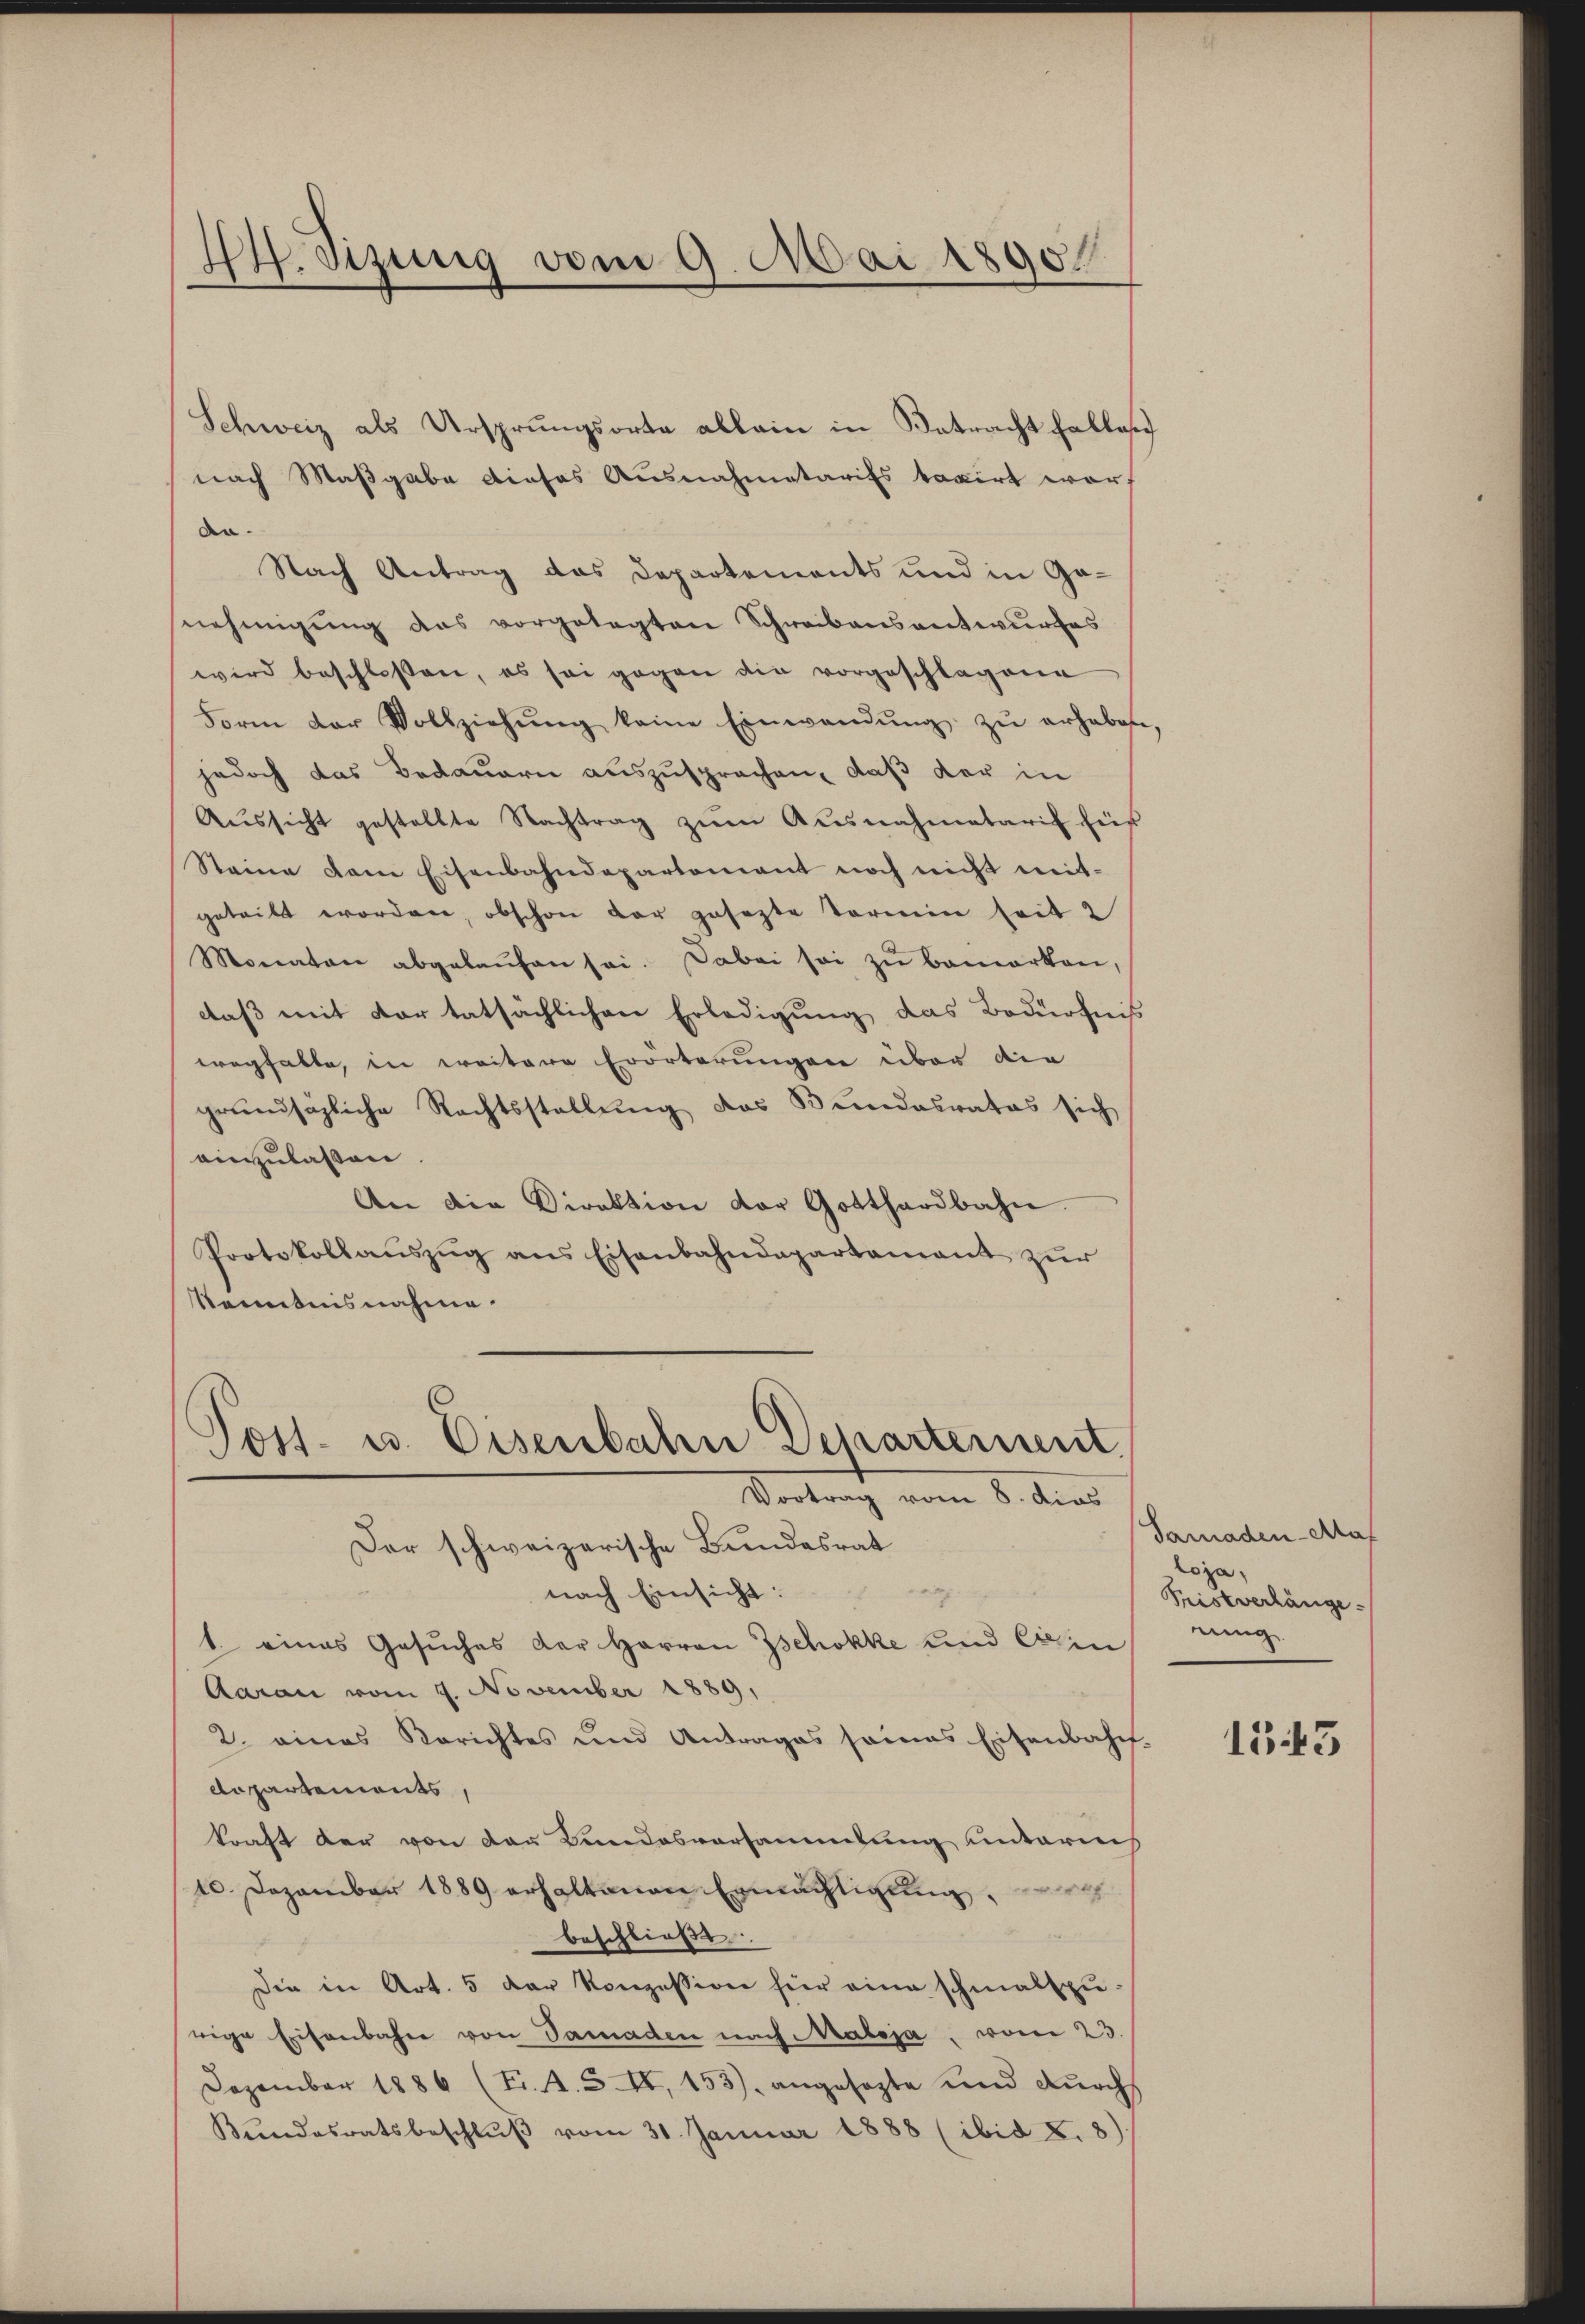
. Szung vom 9. Mai 1890

Schweiz als Ursprungsorte allein in Betracht falles
nach Maßgabe dieses Ausnahmetarifs taxirt worf
An¬
Nach Antrag des Departements und in Gasnehmigung des vorgelegten Schreibensantwurfes
wird beschlossen, es sei gegen die vorgeschlagene
Form der Vollziehŭng keine Einwendŭng zŭ erhaben,
jedoch das Bedauern auszusprechen, daß der in
Aŭssicht gestellte Nachtrag zŭm Aŭsnahmetarif für
Steine dem Eisenbahndepartement noch nicht weit-
geteilt worden, obschon der gesezte Termin seit 2
Monaten abgelaŭfen sei. Dabei sei zŭ bemerken,
daß mit der tatsächlichen Erledigung das Bedürfnis
wegfalte, in weitere Erörterungen über die
grundsazliche Rechtsstellung das Bundesrates sich
ainzulassen.
An die Direktion der Gotthardbahn
Protokollaŭszŭg ans Eisenbahndepartamant zŭr
Kenntnisnahme.

Post- u. Eisenbahn Departement
Vortrag vom 8. dies

Der schweizerische Bundesrat
nach Einsicht:
.
1. eines Gesuches der Herren Zschokke und Ein
Aarau vom 9. November 1889,
2. eines Berichtes und Antrages seines Eisenbahn-
departements,
kraft der von den Landesvorsammlung unterneh
10. Dezember 1889 erhaltenen Ermächtigung,
beschließe
Die in Art. 5 der Konzession für eine schmalspurige Eisenbahn von Samaden nach Maloja, vom 23.
Dezember 1886 (T. 4. S. II, 153), angesezte und dŭrchs
Bundesratsbeschlŭβ vom 31. Januar 1888 (ibid X. 8)

Samaden Mas
loja,
Tristverhänge
rung

1545